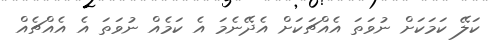
ކަލޭ ކަމަކަށް ނުވަތަ އެއްޗަކަށް އެދޭނެމަ އެ ކަމެއް ނުވަތަ އެ އެއްޗެއް